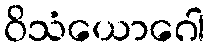
ဝိသံယောဂေါ